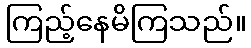
ကြည့်နေမိကြသည်။